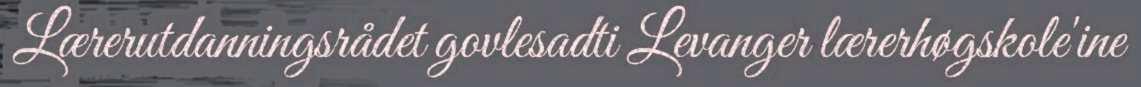
Lærerutdanningsrådet govlesadti Levanger lærerhøgskole'ine